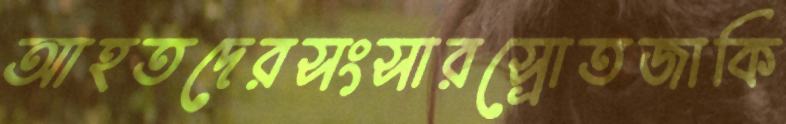
আহতদেরসংসারস্রোতজাকি